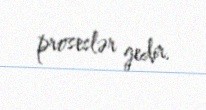
proseslər gedir.